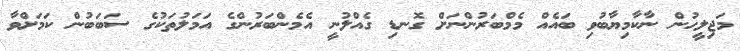
މަޖިލީހުން ނާކާމިޔާބުވި ބައެއް މެމްބަރުންނަށް ގޮނޑި ގެއްލުނީ އެމެންބަރުންގެ އަމަލުތަކުގެ ސަބަބުން ކަމަށްވާ